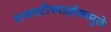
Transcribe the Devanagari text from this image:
राजवटीच्यार्हासामुळे